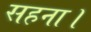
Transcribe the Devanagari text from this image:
सहना।